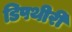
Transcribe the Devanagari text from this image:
डिपथीरी